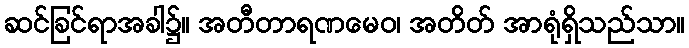
ဆင်ခြင်ရာအခါ၌။ အတီတာရဏမေဝ၊ အတိတ် အာရုံရှိသည်သာ။